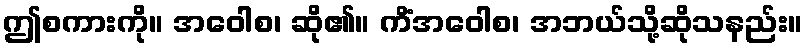
ဤစကားကို။ အဝေါစ၊ ဆို၏။ ကိံအဝေါစ၊ အဘယ်သို့ဆိုသနည်း။